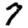
Digit: 7